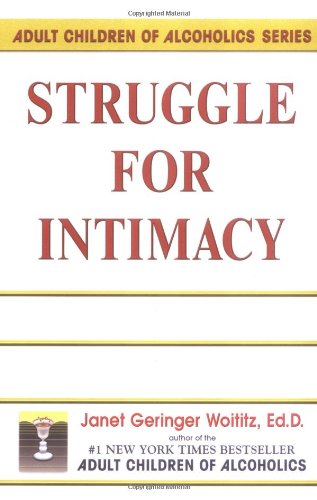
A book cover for Struggle for Intimacy (Adult Children of Alcoholics series); Janet Geringer Woititz; Self-Help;